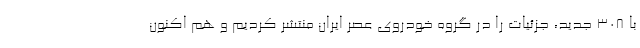
با 308 جدید، جزئیات را در گروه خودروی عصر ایران منتشر کردیم و هم اکنون